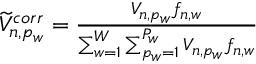
\begin{array} { r } { \widetilde { V } _ { n , p _ { w } } ^ { c o r r } = \frac { V _ { n , p _ { w } } f _ { n , w } } { \sum _ { w = 1 } ^ { W } \sum _ { p _ { w } = 1 } ^ { P _ { w } } V _ { n , p _ { w } } f _ { n , w } } } \end{array}